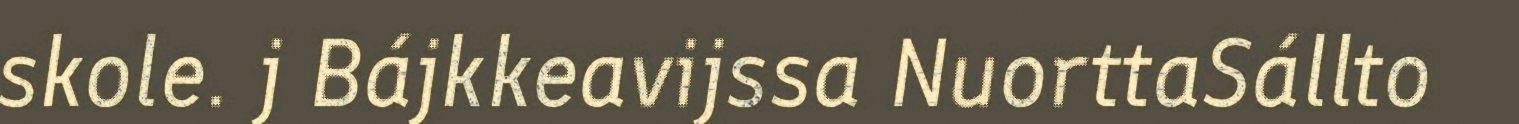
skole. j Bájkkeavijssa NuorttaSállto